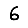
Digit: 6